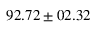
9 2 . 7 2 \pm 0 2 . 3 2